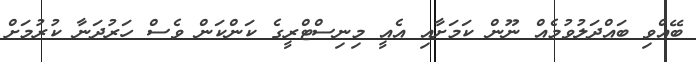
ބޭއްވި ބައްދަލުވުމެއް ނޫން ކަމަށާއި އެއީ މިނިސްޓްރީގެ ކަންކަން ވެސް ހަރުދަނާ ކުރުމަށް